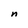
Character: n